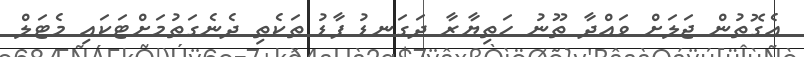
އެގޮތުން ޖަލަށް ވައްދާ ތޫނު ހަތިޔާރާ ދަގަނޑު ފާޑު ތަކެތި ދެނެގަތުމަށްޓަކައި މެޓަލް